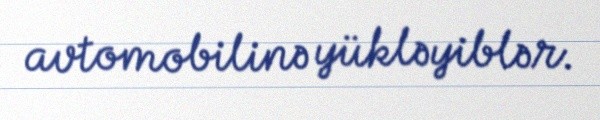
avtomobilinə yükləyiblər.